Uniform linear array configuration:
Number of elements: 8
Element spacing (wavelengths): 0.25
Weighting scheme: hamming
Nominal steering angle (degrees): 0
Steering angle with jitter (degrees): -1.776
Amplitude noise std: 0.05
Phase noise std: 0.05

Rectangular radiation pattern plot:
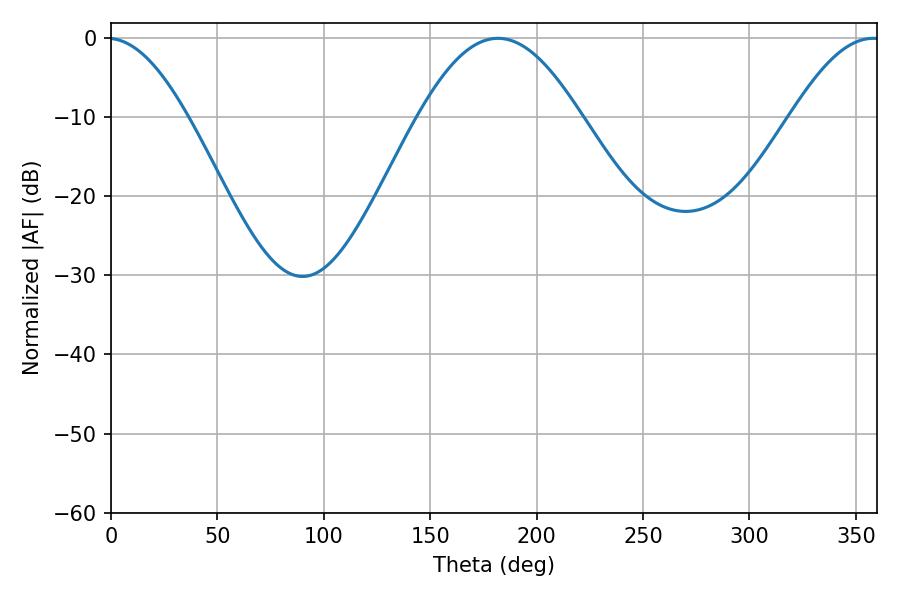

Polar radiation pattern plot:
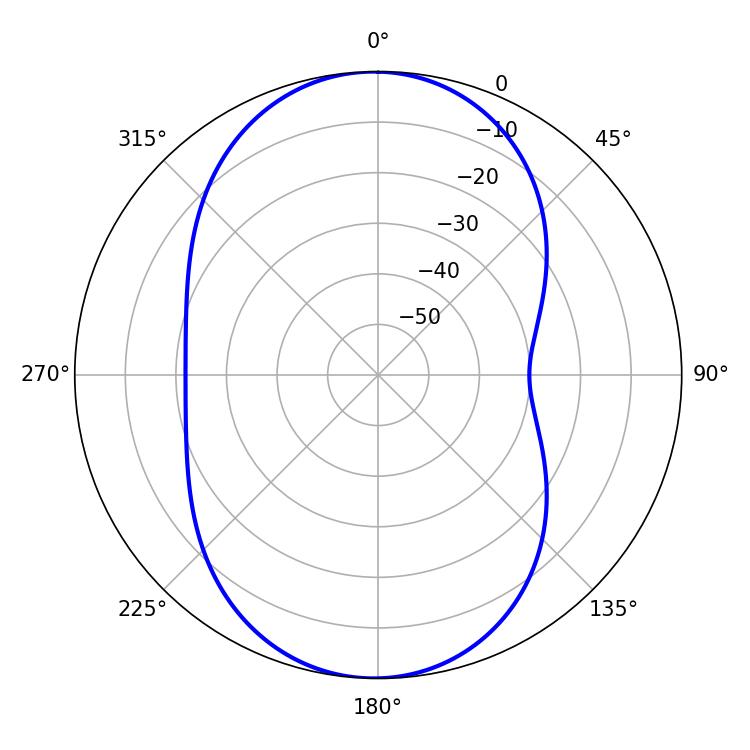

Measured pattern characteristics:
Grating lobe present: FALSE
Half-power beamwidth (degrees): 41.22
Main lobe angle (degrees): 181.8